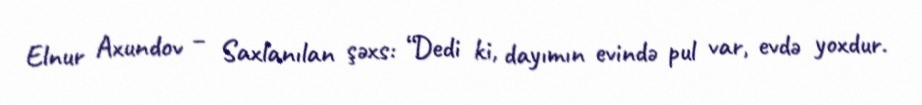
Elnur Axundov – Saxlanılan şəxs: “Dedi ki, dayımın evində pul var, evdə yoxdur.